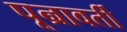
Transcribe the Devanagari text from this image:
पून्रावर्ती